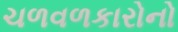
ચળવળકારોનો